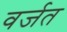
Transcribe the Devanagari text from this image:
वर्जत